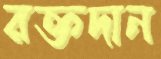
রক্তদান